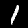
Digit: 1